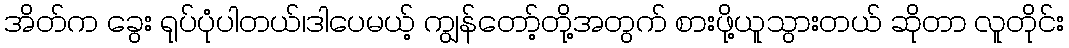
အိတ်က ခွေး ရုပ်ပုံပါတယ်၊ဒါပေမယ့် ကျွန်တော့်တို့အတွက် စားဖို့ယူသွားတယ် ဆိုတာ လူတိုင်း